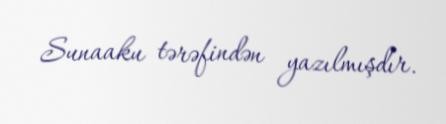
Sunaaku tərəfindən yazılmışdır.